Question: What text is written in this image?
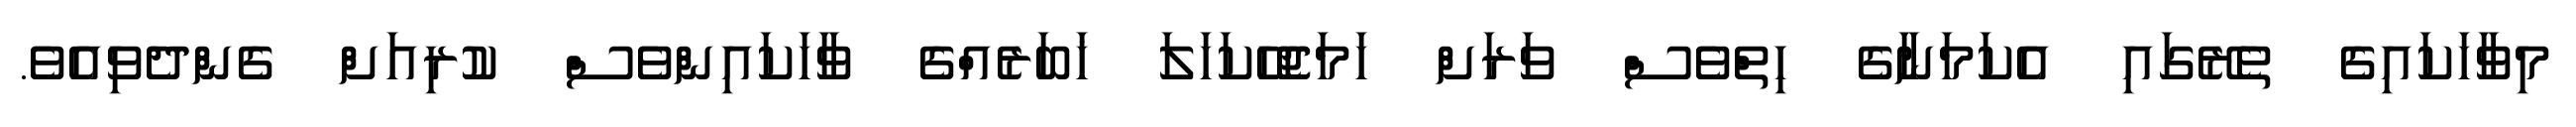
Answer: މިވާހަކައިގެ ތެރޭގައި އެކަމަނާގެ ހިތްވެސް ވަރަށް ހަމަޖެހޭކަހަލަ ޚަބަރެއްގެ ވާހަކައިންވެސް ކުރިއަށް ގެންދެވިއެވެ.